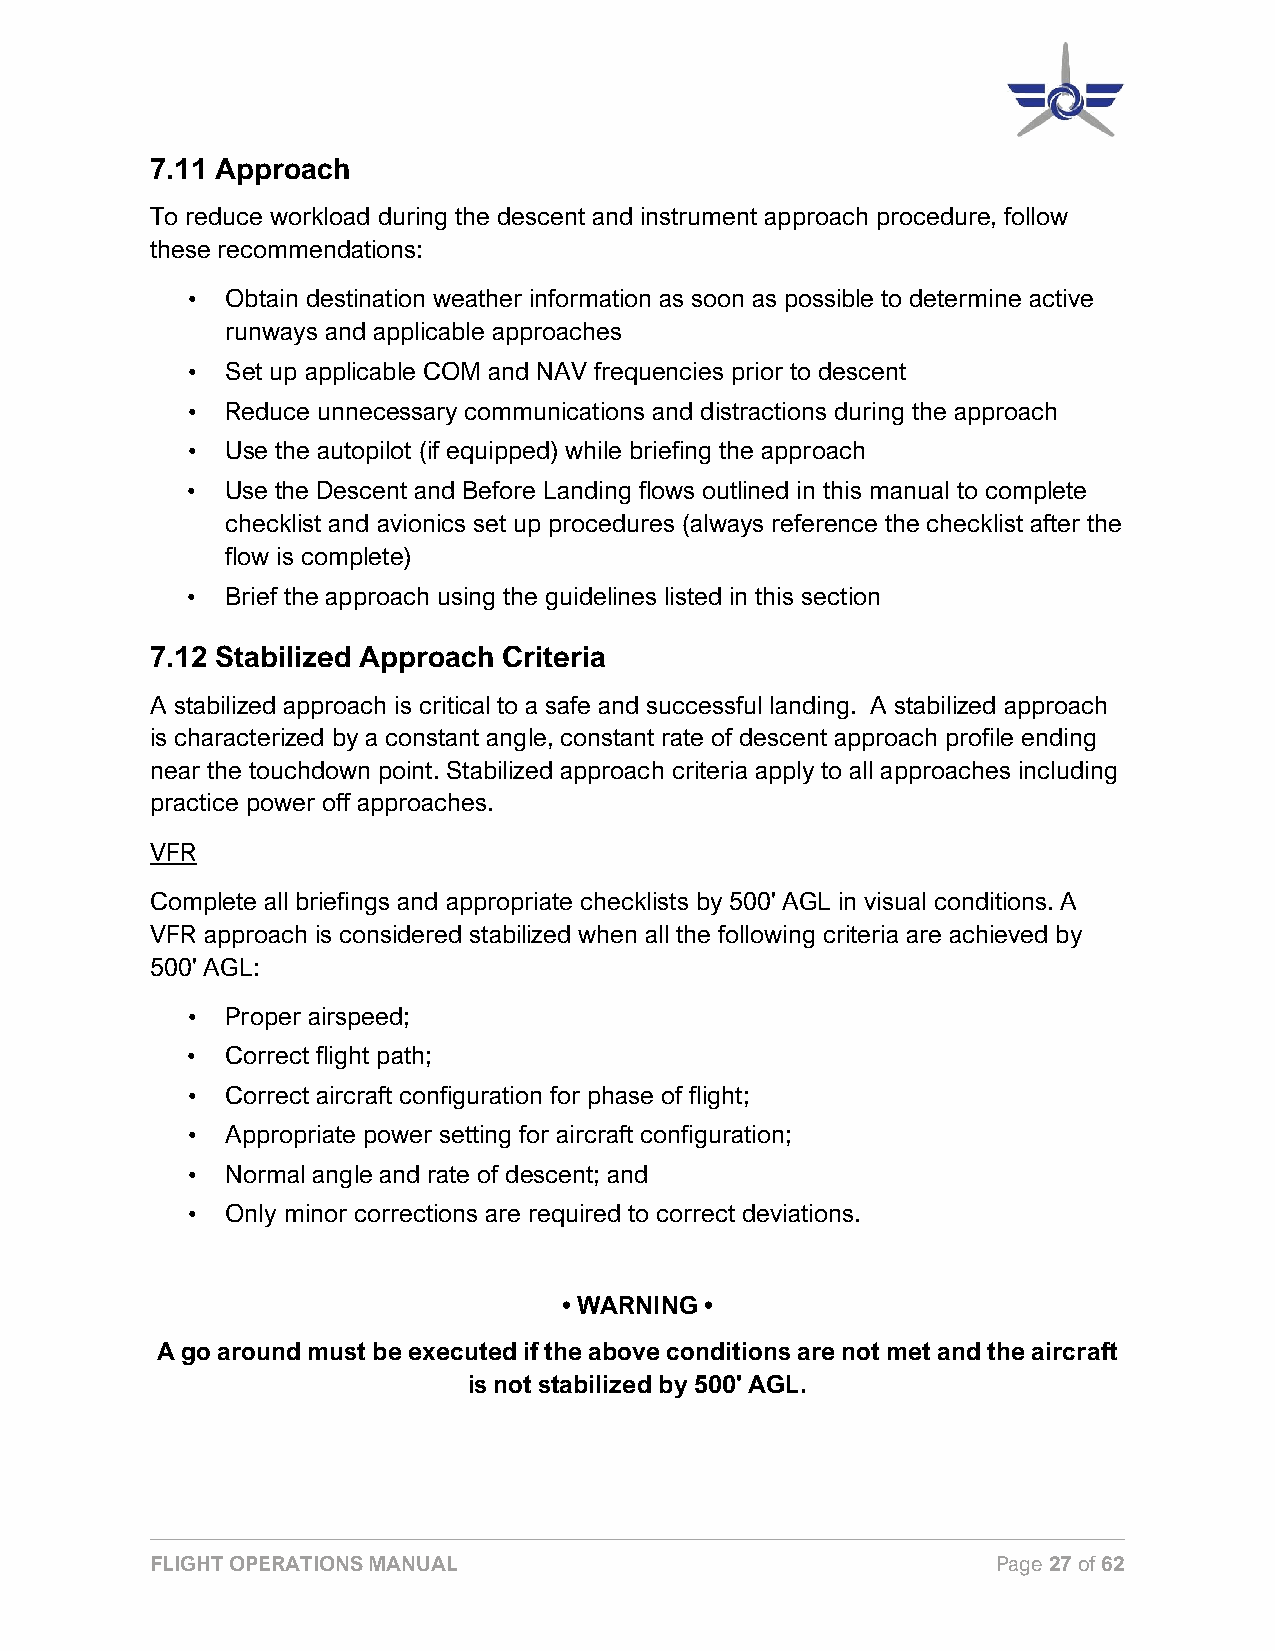
7.11 Approach
 To reduce workload during the descent and instrument approach procedure, follow
 these recommendations:
 •  Obtain destination weather information as soon as possible to determine active
 runways and applicable approaches
 •  Set up applicable COM and NAV frequencies prior to descent
 •  Reduce unnecessary communications and distractions during the approach
 •  Use the autopilot (if equipped) while briefing the approach
 •  Use the Descent and Before Landing flows outlined in this manual to complete
 checklist and avionics set up procedures (always reference the checklist after the
 flow is complete)
 •  Brief the approach using the guidelines listed in this section
 7.12 Stabilized Approach Criteria
 A stabilized approach is critical to a safe and successful landing. A stabilized approach
 is characterized by a constant angle, constant rate of descent approach profile ending
 near the touchdown point. Stabilized approach criteria apply to all approaches including
 practice power off approaches.
 VFR
 Complete all briefings and appropriate checklists by 500' AGL in visual conditions. A
 VFR approach is considered stabilized when all the following criteria are achieved by
 500' AGL:
 •  Proper airspeed;
 •  Correct flight path;
 •  Correct aircraft configuration for phase of flight;
 •  Appropriate power setting for aircraft configuration;
 •  Normal angle and rate of descent; and
 •  Only minor corrections are required to correct deviations.
 • WARNING •
 A go around must be executed if the above conditions are not met and the aircraft
 is not stabilized by 500' AGL.
 FLIGHT OPERATIONS MANUAL                                Page 27 of 62